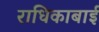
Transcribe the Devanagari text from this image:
राधिकाबाई